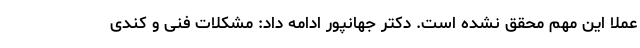
عملا این مهم محقق نشده است. دکتر جهانپور ادامه داد: مشکلات فنی و کندی